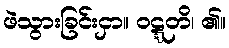
ဖဲသွားခြင်းငှာ။ ဝဋ္ဋတိ၊ ၏။